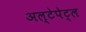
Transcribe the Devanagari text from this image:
अल्टेपेट्ल